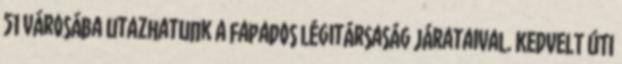
51 városába utazhatunk a fapados légitársaság járataival. KEDVELT ÚTI